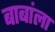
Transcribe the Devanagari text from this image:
बाबांला